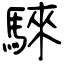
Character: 騋